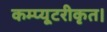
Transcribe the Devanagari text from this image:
कम्प्यूटरीकृत।